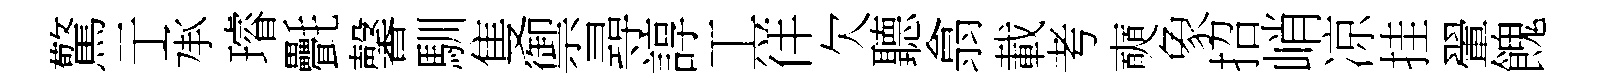
驚亍承璿㲲馨馴隻禦尋諄工徉欠聽翕載考奭象招峭凉挂翬餽